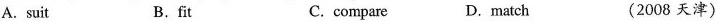
A. suit B.fit C. compare D. match (2008 天津)